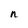
Character: n